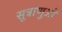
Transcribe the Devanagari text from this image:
सूत्राणुओं